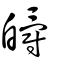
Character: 皭